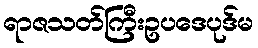
ရာဇသတ်ကြီးဥပဒေပုဒ်မ